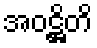
အဝဋ္ဌိတိ